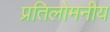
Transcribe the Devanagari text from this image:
प्रतिलोमनीय